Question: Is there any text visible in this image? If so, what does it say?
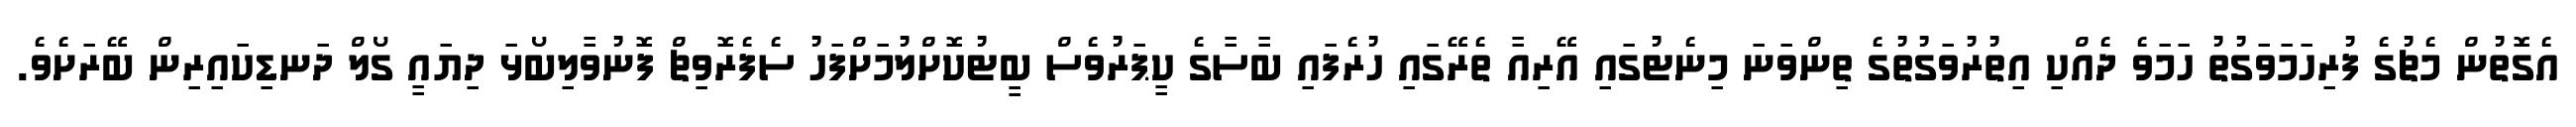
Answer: އެގޮތުން މެޗުގެ ފުރިހަމަވަގުތު ހަމަވެ ދެއްކި އިތުރުވަގުތުގެ ތިންވަނަ މިނެޓުގައި އޭރިއާ ތެރޭގައި ހުރެފައި ބާސާގެ ކީޕަރުވެސް ބީޓުކޮށްލުމަށްފަހު ސެފެރޮވިޗް ފޮނުވާލިބޯޅަ ދިޔައީ ގޯލް ދަނޑިކައިރިން ބޭރަށެވެ.